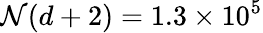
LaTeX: \mathcal{N}(d+2)=1.3\times10^{5}